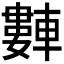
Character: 𬧻